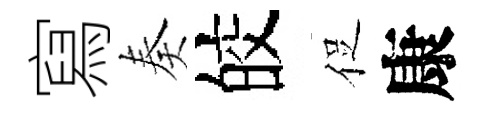
寫奏皎促康